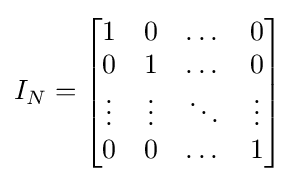
I_{N}={\begin{bmatrix}1&0&\dots &0\\0&1&\dots &0\\\vdots &\vdots &\ddots &\vdots \\0&0&\dots &1\end{bmatrix}}